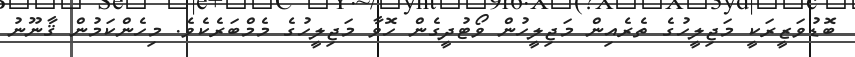
ބޮޑުވަޒީރަކީ މަޖިލީހުގެ ތެރެއިން މަޖިލީހުން ވޯޓުދީގެން ހޮވާ މަޖިލީހުގެ މެމްބަރެކެވެ. މިހެންކަމުން ޤާނޫނު